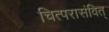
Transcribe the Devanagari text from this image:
चित्परासंवित्